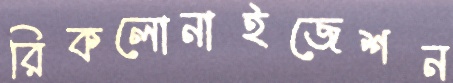
রিকলোনাইজেশন